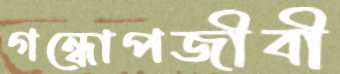
গন্ধোপজীবী